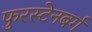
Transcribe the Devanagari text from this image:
फुरस्टेनबर्ग